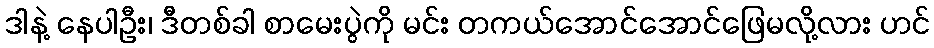
ဒါနဲ့ နေပါဦး၊ ဒီတစ်ခါ စာမေးပွဲကို မင်း တကယ်အောင်အောင်ဖြေမလို့လား ဟင်